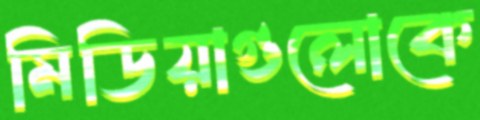
মিডিয়াগুলোকে